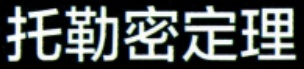
托勒密定理